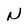
Character: N